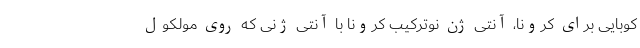
کوبایی برای کرونا، آنتی ژن نوترکیب کرونا با آنتی ژنی که روی مولکول